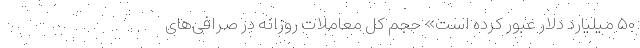
۵۰ میلیارد دلار عبور کرده است» حجم کل معاملات روزانه در صرافی‌های